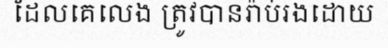
ដែលគេលេង ត្រូវបានរ៉ាប់រងដោយ